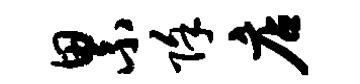
累除店